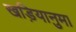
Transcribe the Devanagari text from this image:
खड़ियानुमा